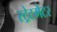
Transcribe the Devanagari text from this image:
स्ट्रेटमैटर